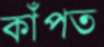
কাঁপত